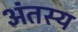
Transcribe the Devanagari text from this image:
अंतस्य